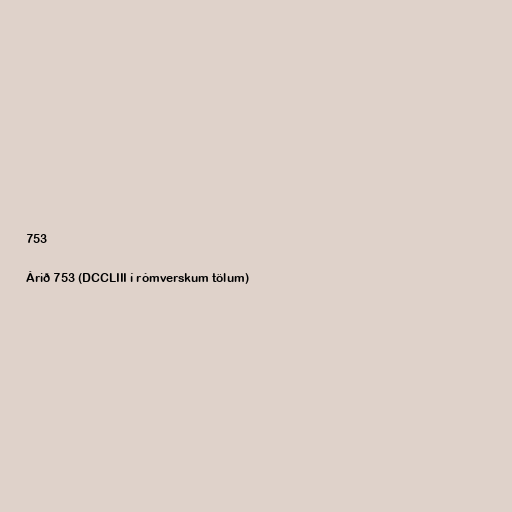
753

Árið 753 (DCCLIII í rómverskum tölum)